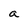
Character: a